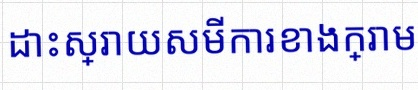
ដោះស្រាយសមីការខាងក្រោម